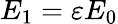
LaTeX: E_{1}=\varepsilon E_{0}